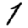
Digit: 1